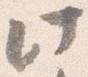
此